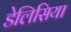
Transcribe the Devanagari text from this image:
डेलिसिया